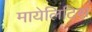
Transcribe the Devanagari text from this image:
मायेलिटिस